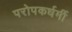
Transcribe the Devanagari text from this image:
परोपकर्धर्मी